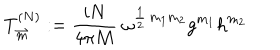
LaTeX: T _ { \stackrel { \rightharpoonup } { m } } ^ { ( N ) } : = \frac { i N } { 4 \pi M } \ \omega ^ { \frac { 1 } { 2 } \, m _ { 1 } m _ { 2 } } g ^ { m _ { 1 } } h ^ { m _ { 2 } }